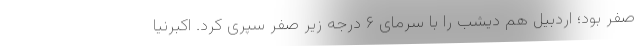
صفر بود؛ اردبیل هم دیشب را با سرمای ۶ درجه زیر صفر سپری کرد. اکبرنیا